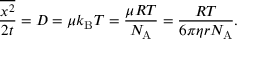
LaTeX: { \frac { \overline { { x ^ { 2 } } } } { 2 t } } = D = \mu k _ { \mathrm { { B } } } T = { \frac { \mu R T } { N _ { \mathrm { A } } } } = { \frac { R T } { 6 \pi \eta r N _ { \mathrm { A } } } } .